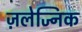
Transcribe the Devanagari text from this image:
ज़लेज्निक